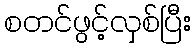
စတင်ဖွင့်လှစ်ပြီး